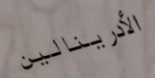
الأدرينالين